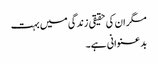
مگر ان کی حقیقی زندگی میں بہت
بد عنوانی ہے۔